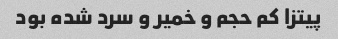
پیتزا کم حجم و خمیر و سرد شده بود